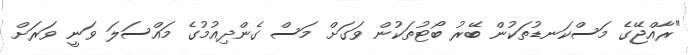
"ރާއްޖޭގެ މަސްކަނޑުތަކުން ބޭރު ބޯޓުތަކުން ވަގަށް މަސް ގެންދިއުމުގެ މައްސަލަ ވަނީ ވަރަށް